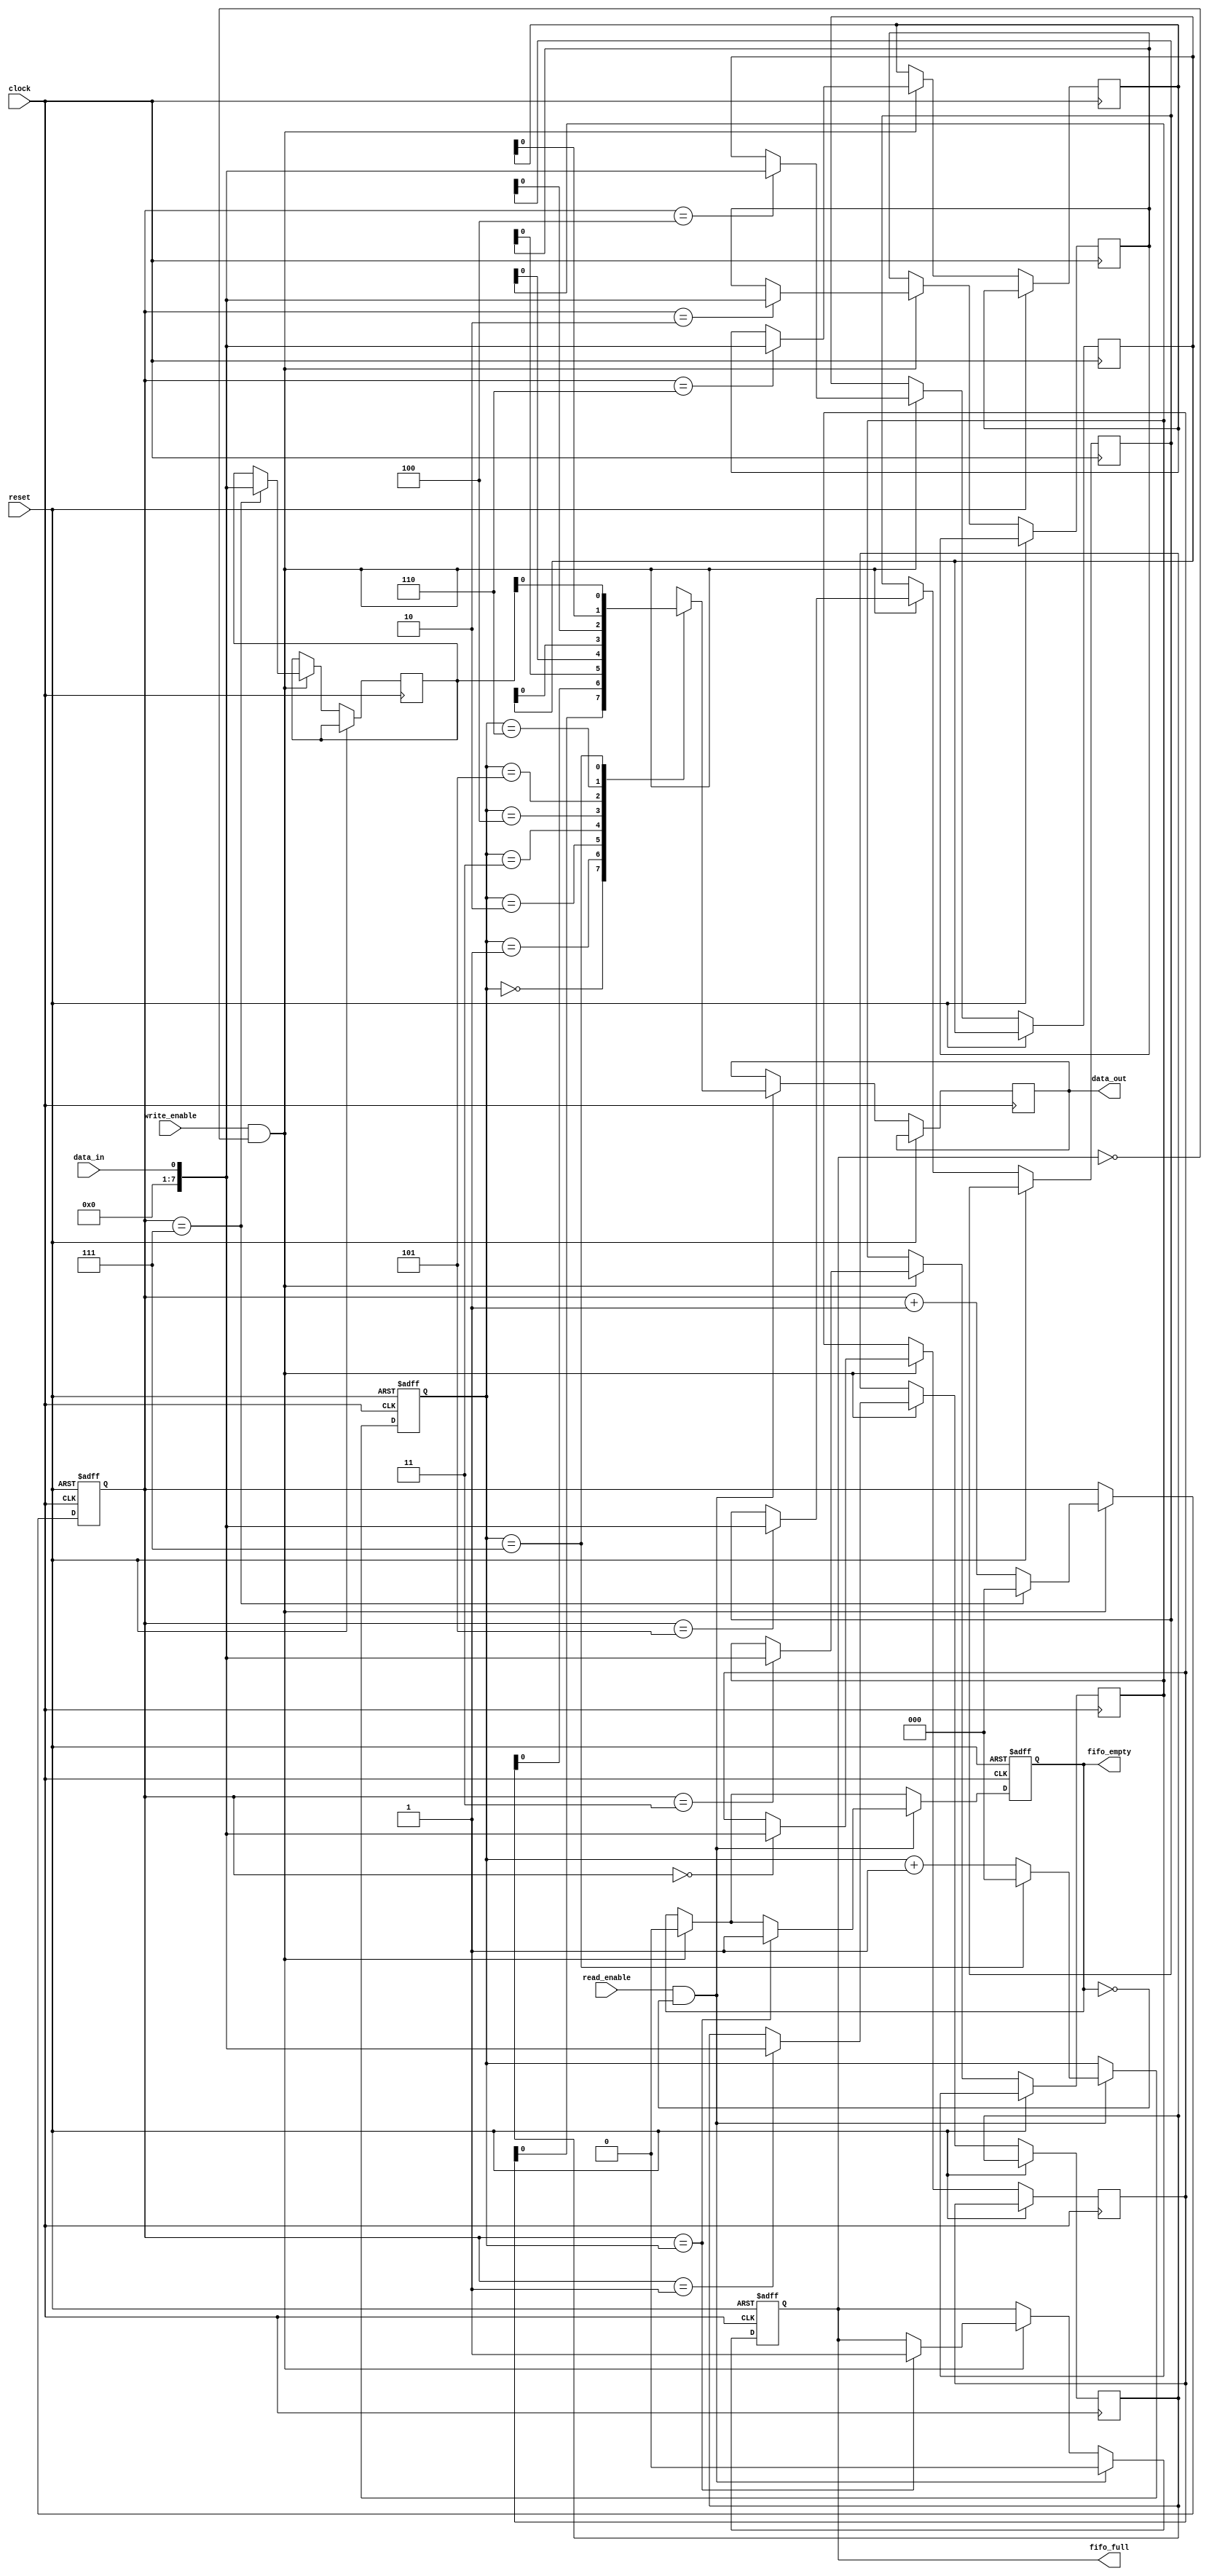
module CircularFIFO (
    input wire clock,
    input wire reset,
    input wire write_enable,
    input wire read_enable,
    input wire data_in,
    output wire data_out,
    output wire fifo_full,
    output wire fifo_empty
);

parameter FIFO_SIZE = 8;

reg [7:0] memory [0:FIFO_SIZE-1];
reg [2:0] write_pointer;
reg [2:0] read_pointer;
reg fifo_full;
reg fifo_empty;

always @(posedge clock or posedge reset) begin
    if (reset) begin
        write_pointer <= 0;
        read_pointer <= 0;
        fifo_full <= 0;
        fifo_empty <= 1;
    end else begin
        if (write_enable && !fifo_full) begin
            memory[write_pointer] <= data_in;
            write_pointer <= (write_pointer == FIFO_SIZE-1) ? 0 : write_pointer + 1;
            fifo_empty <= 0;
            if (write_pointer == read_pointer) begin
                fifo_full <= 1;
            end
        end
        
        if (read_enable && !fifo_empty) begin
            data_out <= memory[read_pointer];
            read_pointer <= (read_pointer == FIFO_SIZE-1) ? 0 : read_pointer + 1;
            fifo_full <= 0;
            if (write_pointer == read_pointer) begin
                fifo_empty <= 1;
            end
        end
    end
end

endmodule